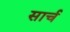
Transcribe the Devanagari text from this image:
सार्च